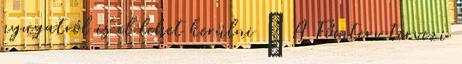
nyugatról is el lehet kerülni ↑ A Főmterv tervezi